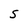
Character: S